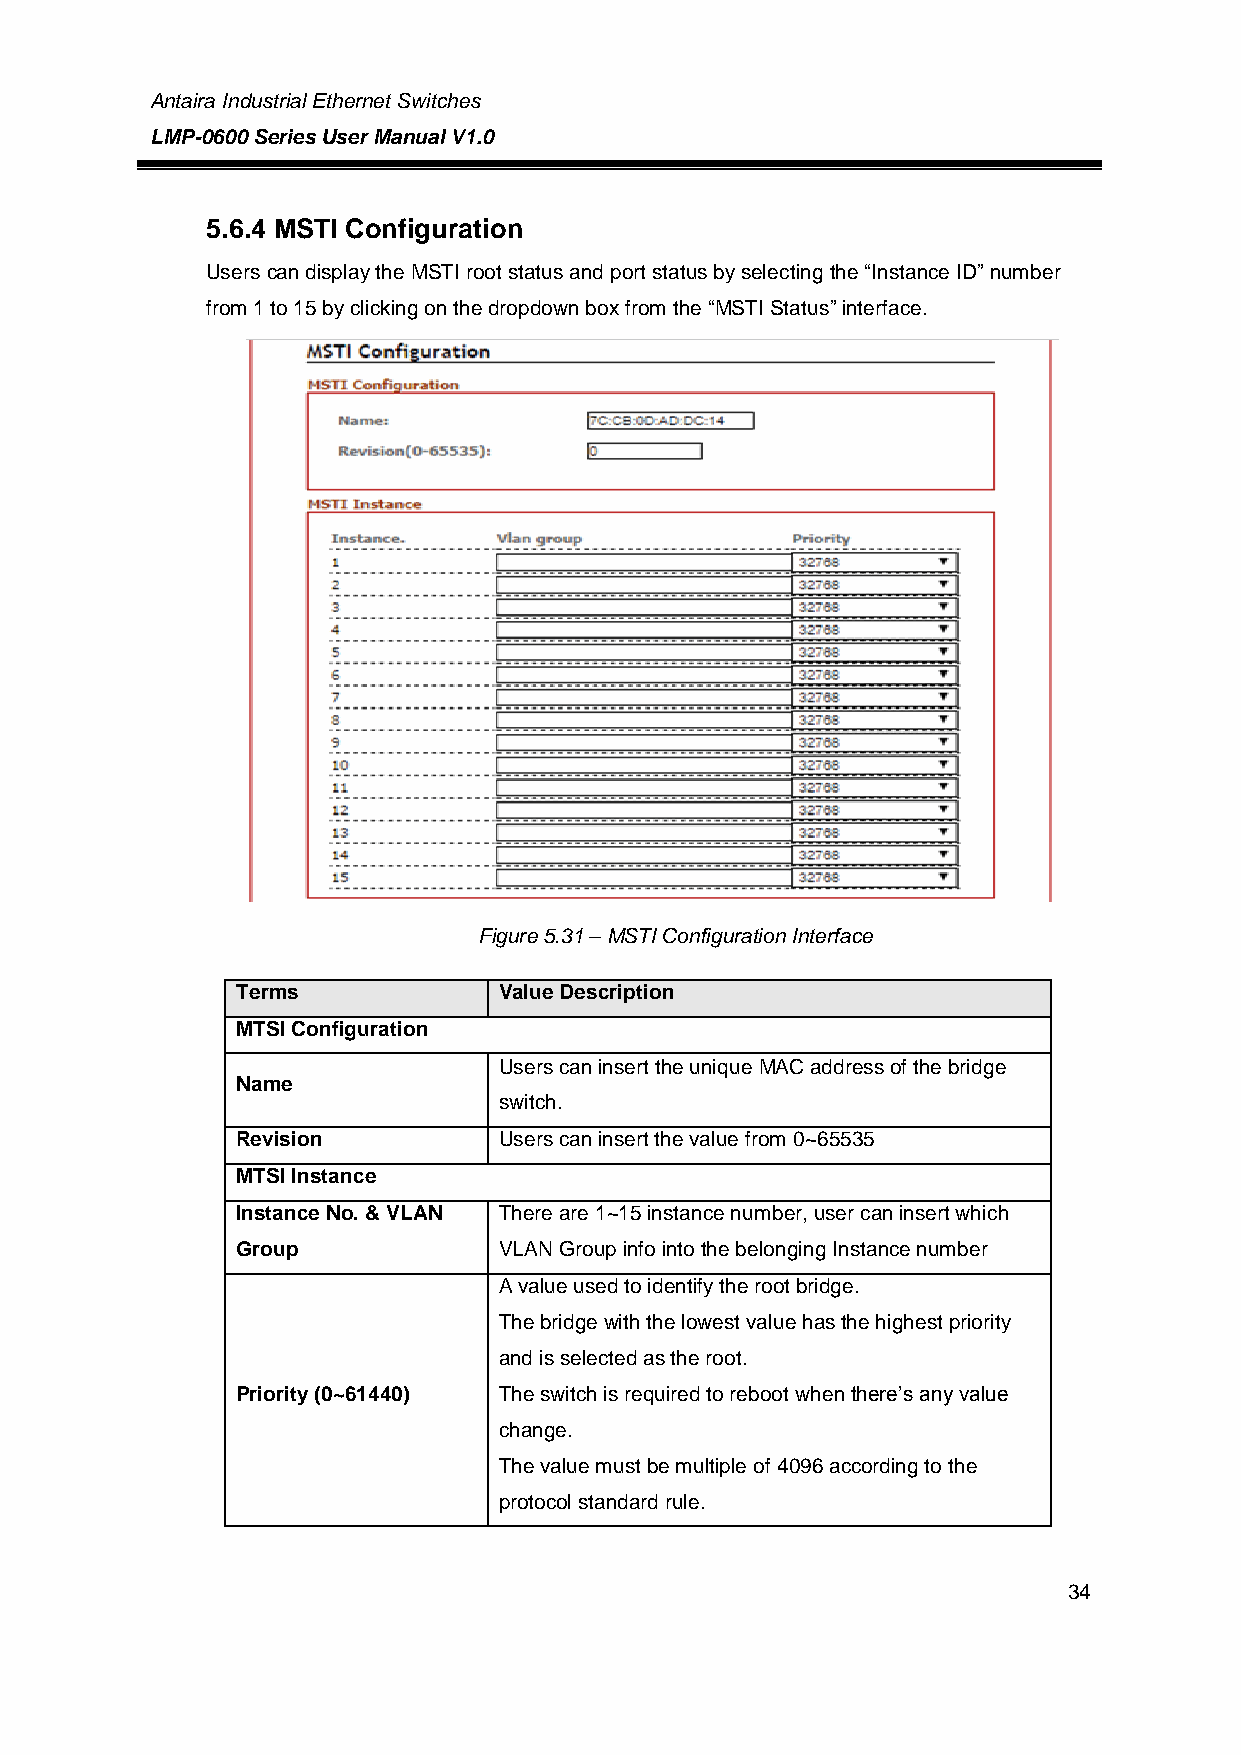
Antaira Industrial Ethernet Switches
 LMP-0600 Series User Manual V1.0
 5.6.4 MSTI Configuration
 Users can display the MSTI root status and port status by selecting the “Instance ID” number
 from 1 to 15 by clicking on the dropdown box from the “MSTI Status” interface.
 Figure 5.31 – MSTI Configuration Interface
 Terms            Value Description
 MTSI Configuration
 Users can insert the unique MAC address of the bridge
 Name
 switch.
 Revision         Users can insert the value from 0~65535
 MTSI Instance
 Instance No. & VLAN There are 1~15 instance number, user can insert which
 Group            VLAN Group info into the belonging Instance number
 A value used to identify the root bridge.
 The bridge with the lowest value has the highest priority
 and is selected as the root.
 Priority (0~61440) The switch is required to reboot when there’s any value
 change.
 The value must be multiple of 4096 according to the
 protocol standard rule.
 34